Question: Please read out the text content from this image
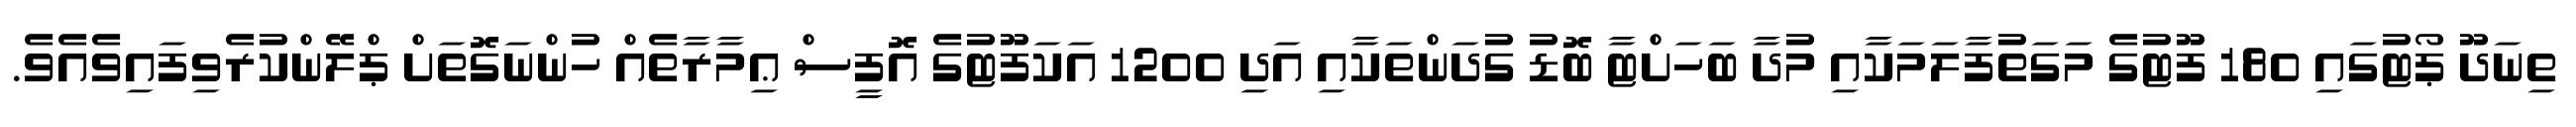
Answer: ތިނަދޫ ޕޯޓުގައި 180 ފޫޓުގެ މަގަތުފާލަމަކާއި މުދާ ބަހަށްޓާ ބޮޑު ގުދަންތަކާއި އަދި 1200 އަކަފޫޓުގެ އޮފީސް ޢިމާރާތެއް ހުންނަގޮތަށް ޕްލޭންކުރެވިފައިވެއެވެ.